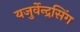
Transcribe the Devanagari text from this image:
यजुर्वेन्द्रसिंग